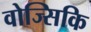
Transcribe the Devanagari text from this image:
वोज्सिकि